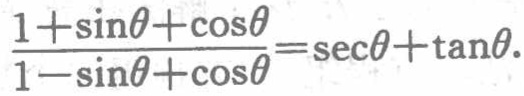
\(\frac{1+\sin\theta+\cos\theta}{1 - \sin\theta+\cos\theta}=\sec\theta+\tan\theta\)